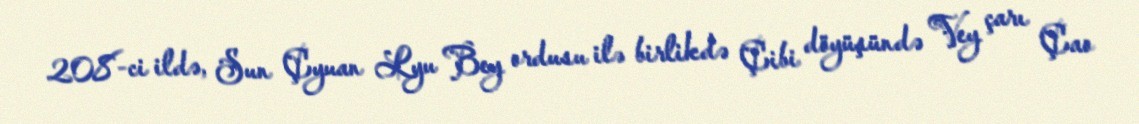
208-ci ildə, Sun Çyuan Lyu Bey ordusu ilə birlikdə Çibi döyüşündə Vey çarı Çao